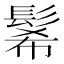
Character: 𩭉